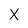
Character: X